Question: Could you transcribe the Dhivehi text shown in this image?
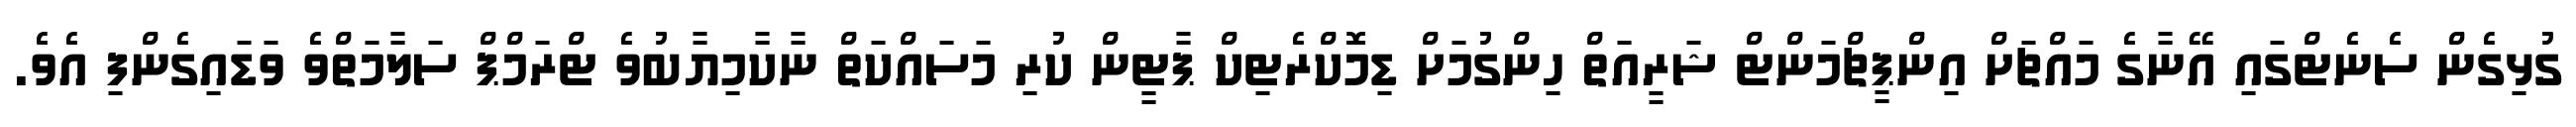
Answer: ގުޅިގެން ސެނެޓްގައި އޭނާގެ މައްޗަށް އިންޕީޗްމަންޓް ޝަރީއަތް ހިންގުމަށް ޑިމޮކްރެޓިކް ޕާޓީން ކުރި މަސައްކަތް ނާކާމިޔާބުވެ ޓްރަމްޕް ސަލާމަތްވެ ވަޑައިގެންފި އެވެ.